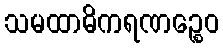
သမထာဓိကရဏဉ္စေဝ